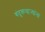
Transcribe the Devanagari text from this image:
बंदूकधाऱ्यांना